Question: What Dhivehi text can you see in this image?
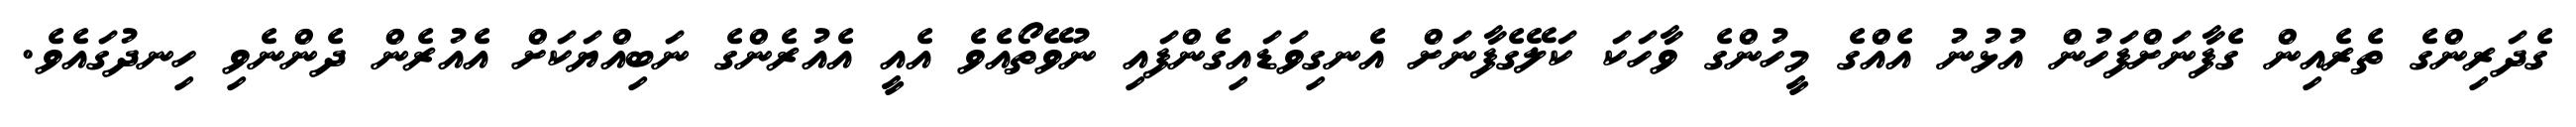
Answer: ގެދަރިންގެ ތެރެއިން ގެފާނަށްފަހުން އުޅުނު އެއްގެ މީހުންގެ ވާހަކަ ކަލޭގެފާނަށް އެނގިވަޑައިގެންފައި ނުވޭތޯއެވެ އެއީ އެއުރެންގެ ނަބިއްޔަކަށް އެއުރެން ދެންނެވި ހިނދުގައެވެ.